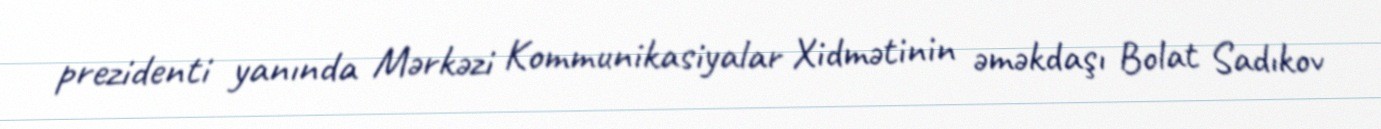
prezidenti yanında Mərkəzi Kommunikasiyalar Xidmətinin əməkdaşı Bolat Sadıkov